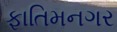
ફાતિમનગર